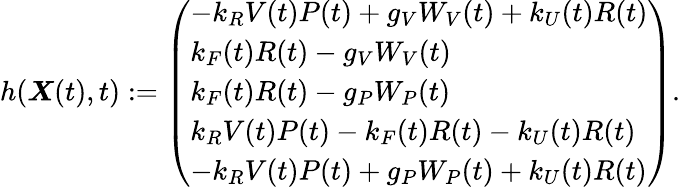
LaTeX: h(\boldsymbol{X}(t),t):=\left(\begin{array}{l}{-k_{R}V(t)P(t)+g_{V}W_{V}(t)+k_{U}(t)R(t)}\\ {k_{F}(t)R(t)-g_{V}W_{V}(t)}\\ {k_{F}(t)R(t)-g_{P}W_{P}(t)}\\ {k_{R}V(t)P(t)-k_{F}(t)R(t)-k_{U}(t)R(t)}\\ {-k_{R}V(t)P(t)+g_{P}W_{P}(t)+k_{U}(t)R(t)}\end{array}\right).